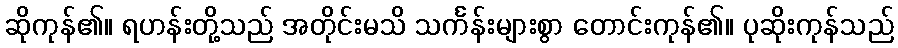
ဆိုကုန်၏။ ရဟန်းတို့သည် အတိုင်းမသိ သင်္ကန်းများစွာ တောင်းကုန်၏။ ပုဆိုးကုန်သည်